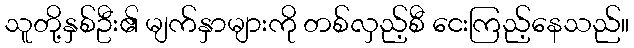
သူတို့နှစ်ဦး၏ မျက်နှာများကို တစ်လှည့်စီ ငေးကြည့်နေသည်။